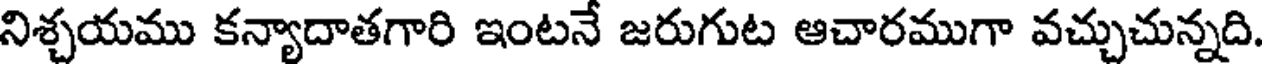
నిశ్చయము కన్యాదాతగారి ఇంటనే జరుగుట ఆచారముగా వచ్చుచున్నది